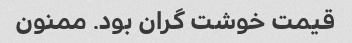
قیمت خوشت گران بود. ممنون